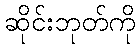
ဆိုင်းဘုတ်ကို